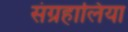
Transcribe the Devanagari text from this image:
संग्रहालिया